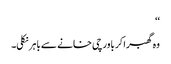
‘‘
وہ گھبرا کر باورچی خانے سے باہر نکلی۔